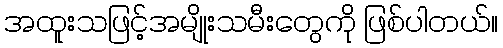
အထူးသဖြင့်အမျိုးသမီးတွေကို ဖြစ်ပါတယ်။